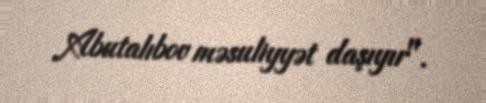
Abutalıbov məsuliyyət daşıyır".